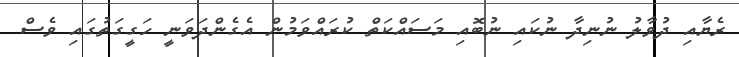
ރެޔާއި ދުވާލު ނުނިދާ ނުކައި ނުބޮއި މަސައްކަތް ކުރައްވަމުން އެގެންދަވަނީ ހަގީގަތުގައި ވެސް